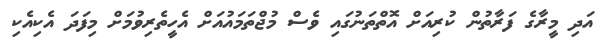
އަދި މީރާގެ ފަރާތުން ކުރިއަށް އޮތްތަނުގައި ވެސް މުޖްތަމައުއަށް އެހީތެރިވުމަށް މިފަދަ އެކިއެކި